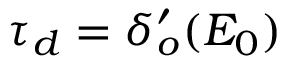
\tau _ { d } = \delta _ { o } ^ { \prime } ( E _ { 0 } )